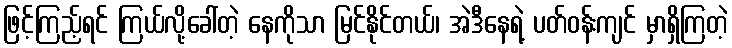
ဖြင့်ကြည့်ရင် ကြယ်လို့ခေါ်တဲ့ နေကိုသာ မြင်နိုင်တယ်၊ အဲဒီနေရဲ့ ပတ်ဝန်းကျင် မှာရှိကြတဲ့